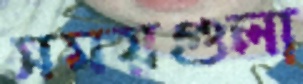
সময়গুলা